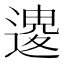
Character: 𨕟